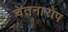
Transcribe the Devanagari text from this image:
चेतनारोप